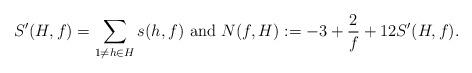
LaTeX: \begin{align*}S'(H,f)=\sum_{1\neq h\in H}s(h,f)\hbox{ and }N(f,H):=-3+\frac{2}{f}+12S'(H,f).\end{align*}